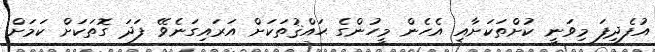
އުފެދިފަ މިވަނީ ކުށްތަކަށާއި އެހެން މީހުންގެ ޙައްޤުތަކަށް އަރައިގަނެވޭ ފަދަ ގޮތަކަށް ކަމަށް